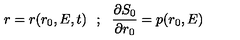
r = r ( r _ { 0 } , E , t ) \: \: \: ; \: \: \: \frac { \partial S _ { 0 } } { \partial r _ { 0 } } = p ( r _ { 0 } , E )